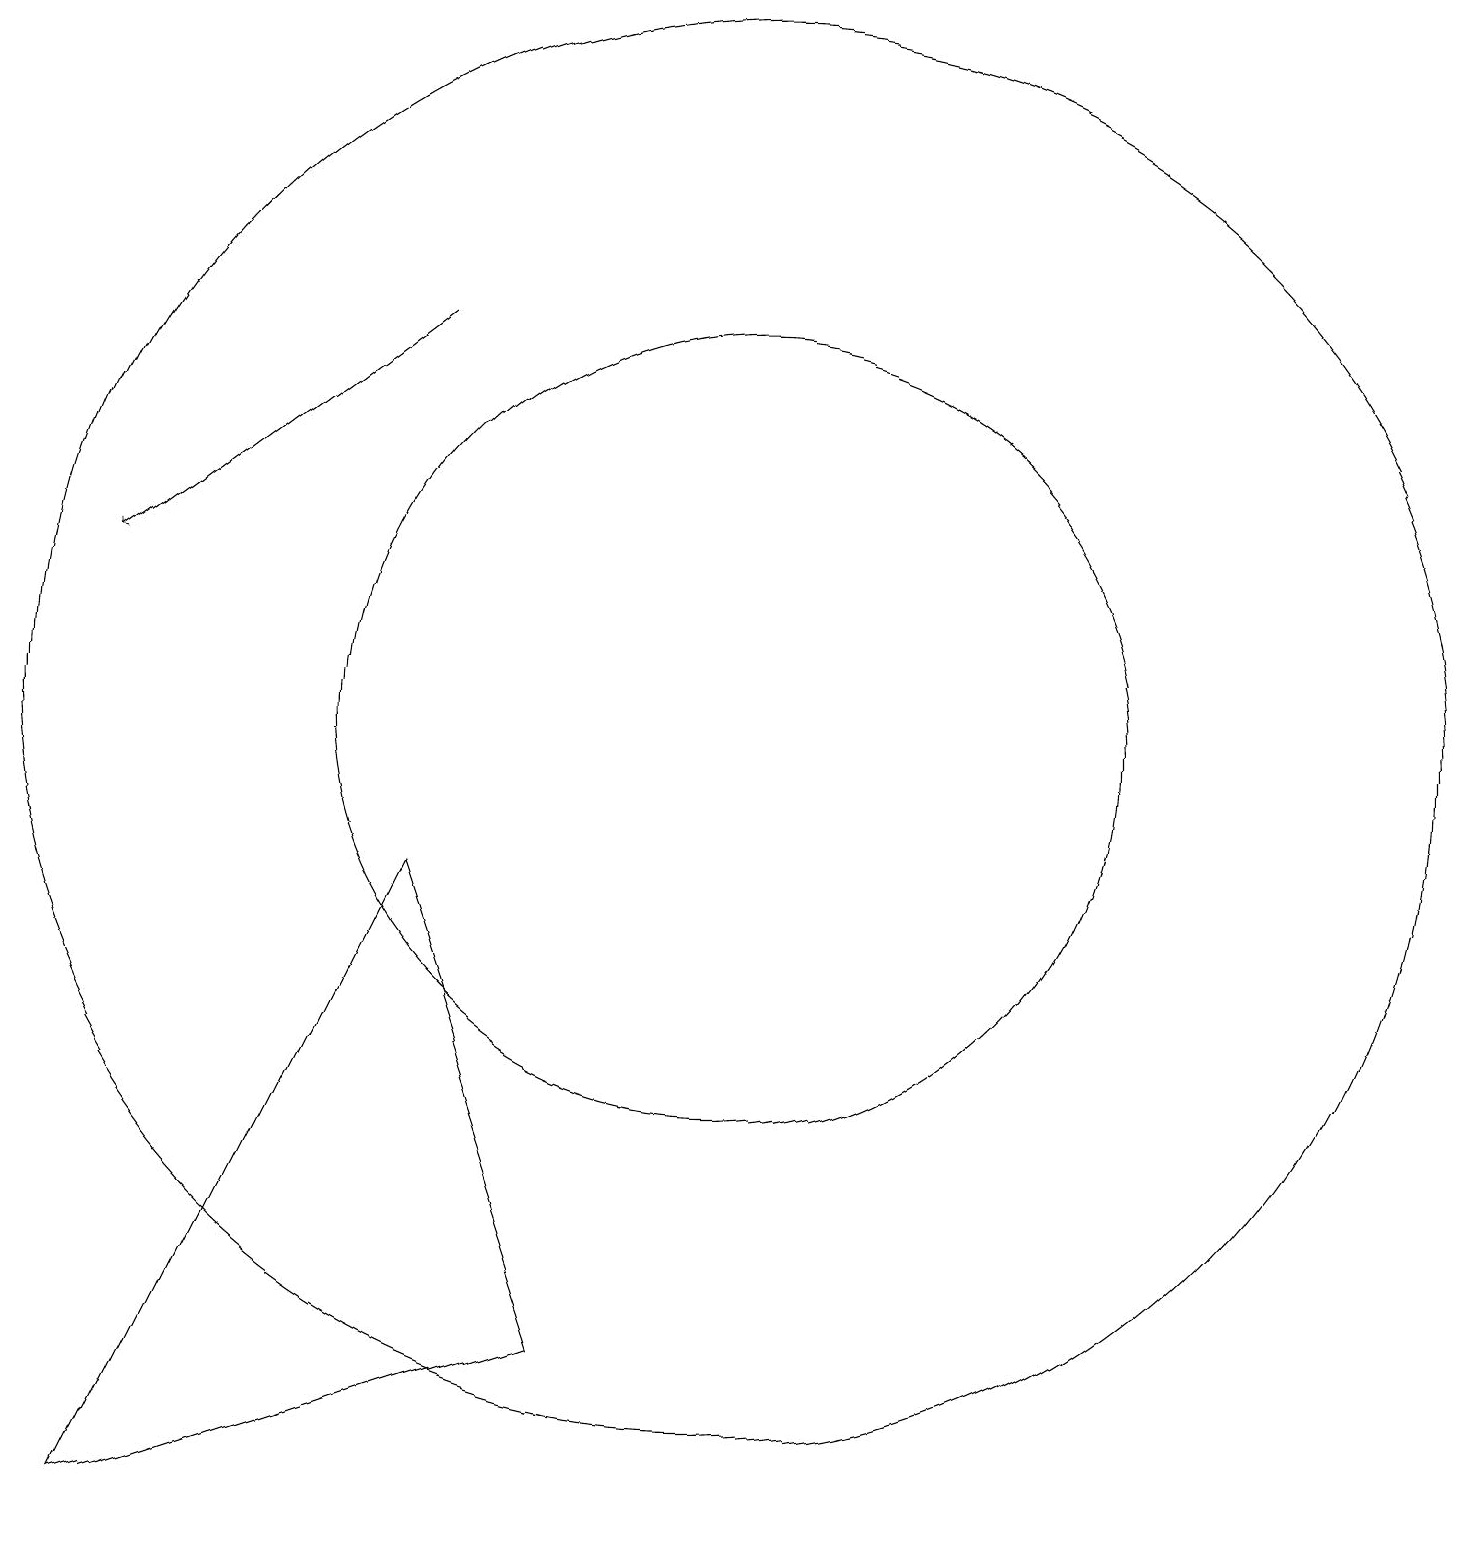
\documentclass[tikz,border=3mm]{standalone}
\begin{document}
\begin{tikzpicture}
\draw[->] (6,15) -- (2,12);
\draw (10,10) circle (9);
\draw (2,0) -- (8,2) -- (6,8) -- cycle;
\draw (10,10) circle (5);
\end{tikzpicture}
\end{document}